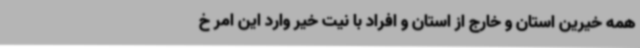
همه خیرین استان و خارج از استان و افراد با نیت خیر وارد این امر خ